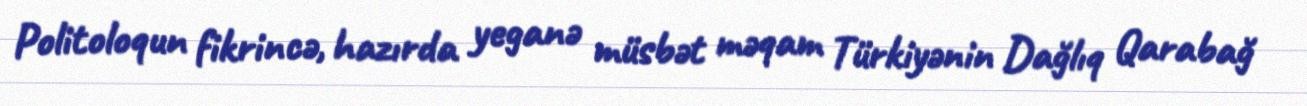
Politoloqun fikrincə, hazırda yeganə müsbət məqam Türkiyənin Dağlıq Qarabağ